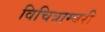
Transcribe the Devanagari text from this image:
विचित्राम्बरी